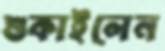
শুকাইলেন